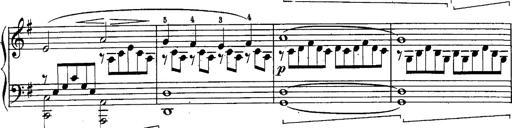
Title: Schubert's Impromptus [revised and edited by Franz Liszt]
Composer: Franz Liszt